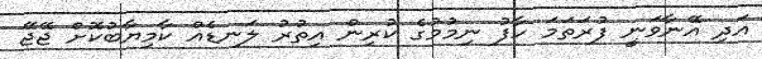
އަދި އޭނާވަނީ ފުރަތަމަ ހާފު ނިމުމުގެ ކުރިން އިތުރު ލަނޑެއް ކާމިޔާބުކޮށް ޖޭޖޭ